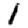
Digit: 1